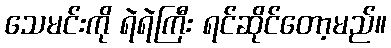
သေမင်းကို ရဲရဲကြီး ရင်ဆိုင်တော့မည်။